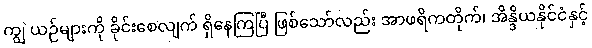
ကျွဲ ယဉ်များကို ခိုင်းစေလျက် ရှိနေကြပြီ ဖြစ်သော်လည်း အာဖရိကတိုက်၊ အိန္ဒိယနိုင်ငံနှင့်